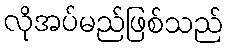
လိုအပ်မည်ဖြစ်သည်